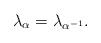
LaTeX: \begin{align*}\lambda_\alpha=\lambda_{\alpha^{-1}}.\end{align*}